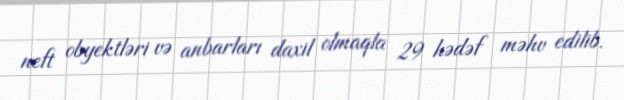
neft obyektləri və anbarları daxil olmaqla 29 hədəf məhv edilib.